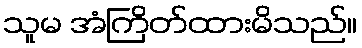
သူမ အံကြိတ်ထားမိသည်။